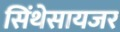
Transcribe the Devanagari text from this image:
सिंथेसायजर